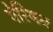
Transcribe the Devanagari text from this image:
पेरियन